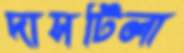
দাসটিলা